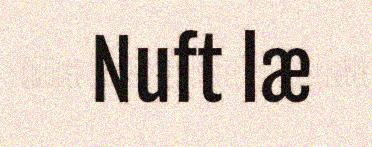
Nuft læ